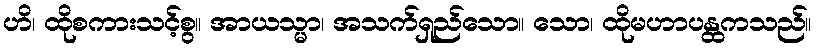
ဟိ၊ ထိုစကားသင့်စွ။ အာယသ္မာ၊ အသက်ရှည်သော။ သော၊ ထိုမဟာပန္ထကသည်။